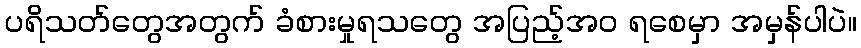
ပရိသတ်တွေအတွက် ခံစားမှုရသတွေ အပြည့်အဝ ရစေမှာ အမှန်ပါပဲ။